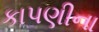
કાપણીના